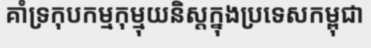
គាំទ្រកុបកម្មកុម្មុយនិស្តក្នុងប្រទេសកម្ពុជា